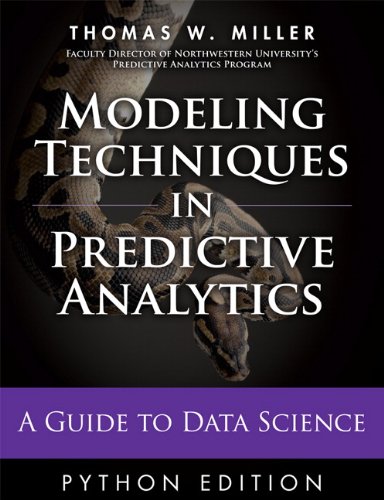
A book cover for Modeling Techniques in Predictive Analytics with Python and R: A Guide to Data Science (FT Press Analytics); Thomas W. Miller; Computers & Technology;